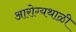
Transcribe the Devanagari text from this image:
आरोग्यथाळी